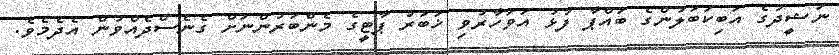
ނަޝީދުގެ އަބިކަބަލުންގެ ބައްޕާ ފުޅު އަވަހާރުވި ޚަބަރު ޕާޓީގެ މެންބަރުންނަށް ގެނެސްދެއްވުން އެދެމެވެ.